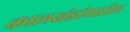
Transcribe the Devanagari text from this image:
कालखंडांमधील